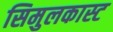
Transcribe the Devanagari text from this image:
सिमुलकास्ट